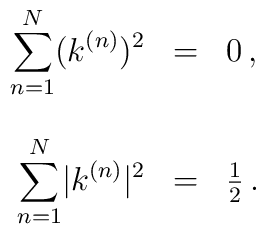
\begin{array}{rcl}\displaystyle{\sum_{n=1}^{N}}(k^{(n)})^{2} & = & 0\, , \\& & \\\displaystyle{\sum_{n=1}^{N}}|k^{(n)}|^{2} & = & \frac{1}{2}\, . \end{array}